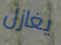
يغازل